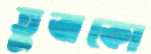
তুঝকো